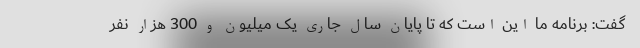
گفت: برنامه ما این است که تا پایان سال جاری یک میلیون و 300 هزار نفر